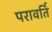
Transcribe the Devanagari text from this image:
परावर्ति